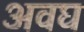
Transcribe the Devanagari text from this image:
अवघ